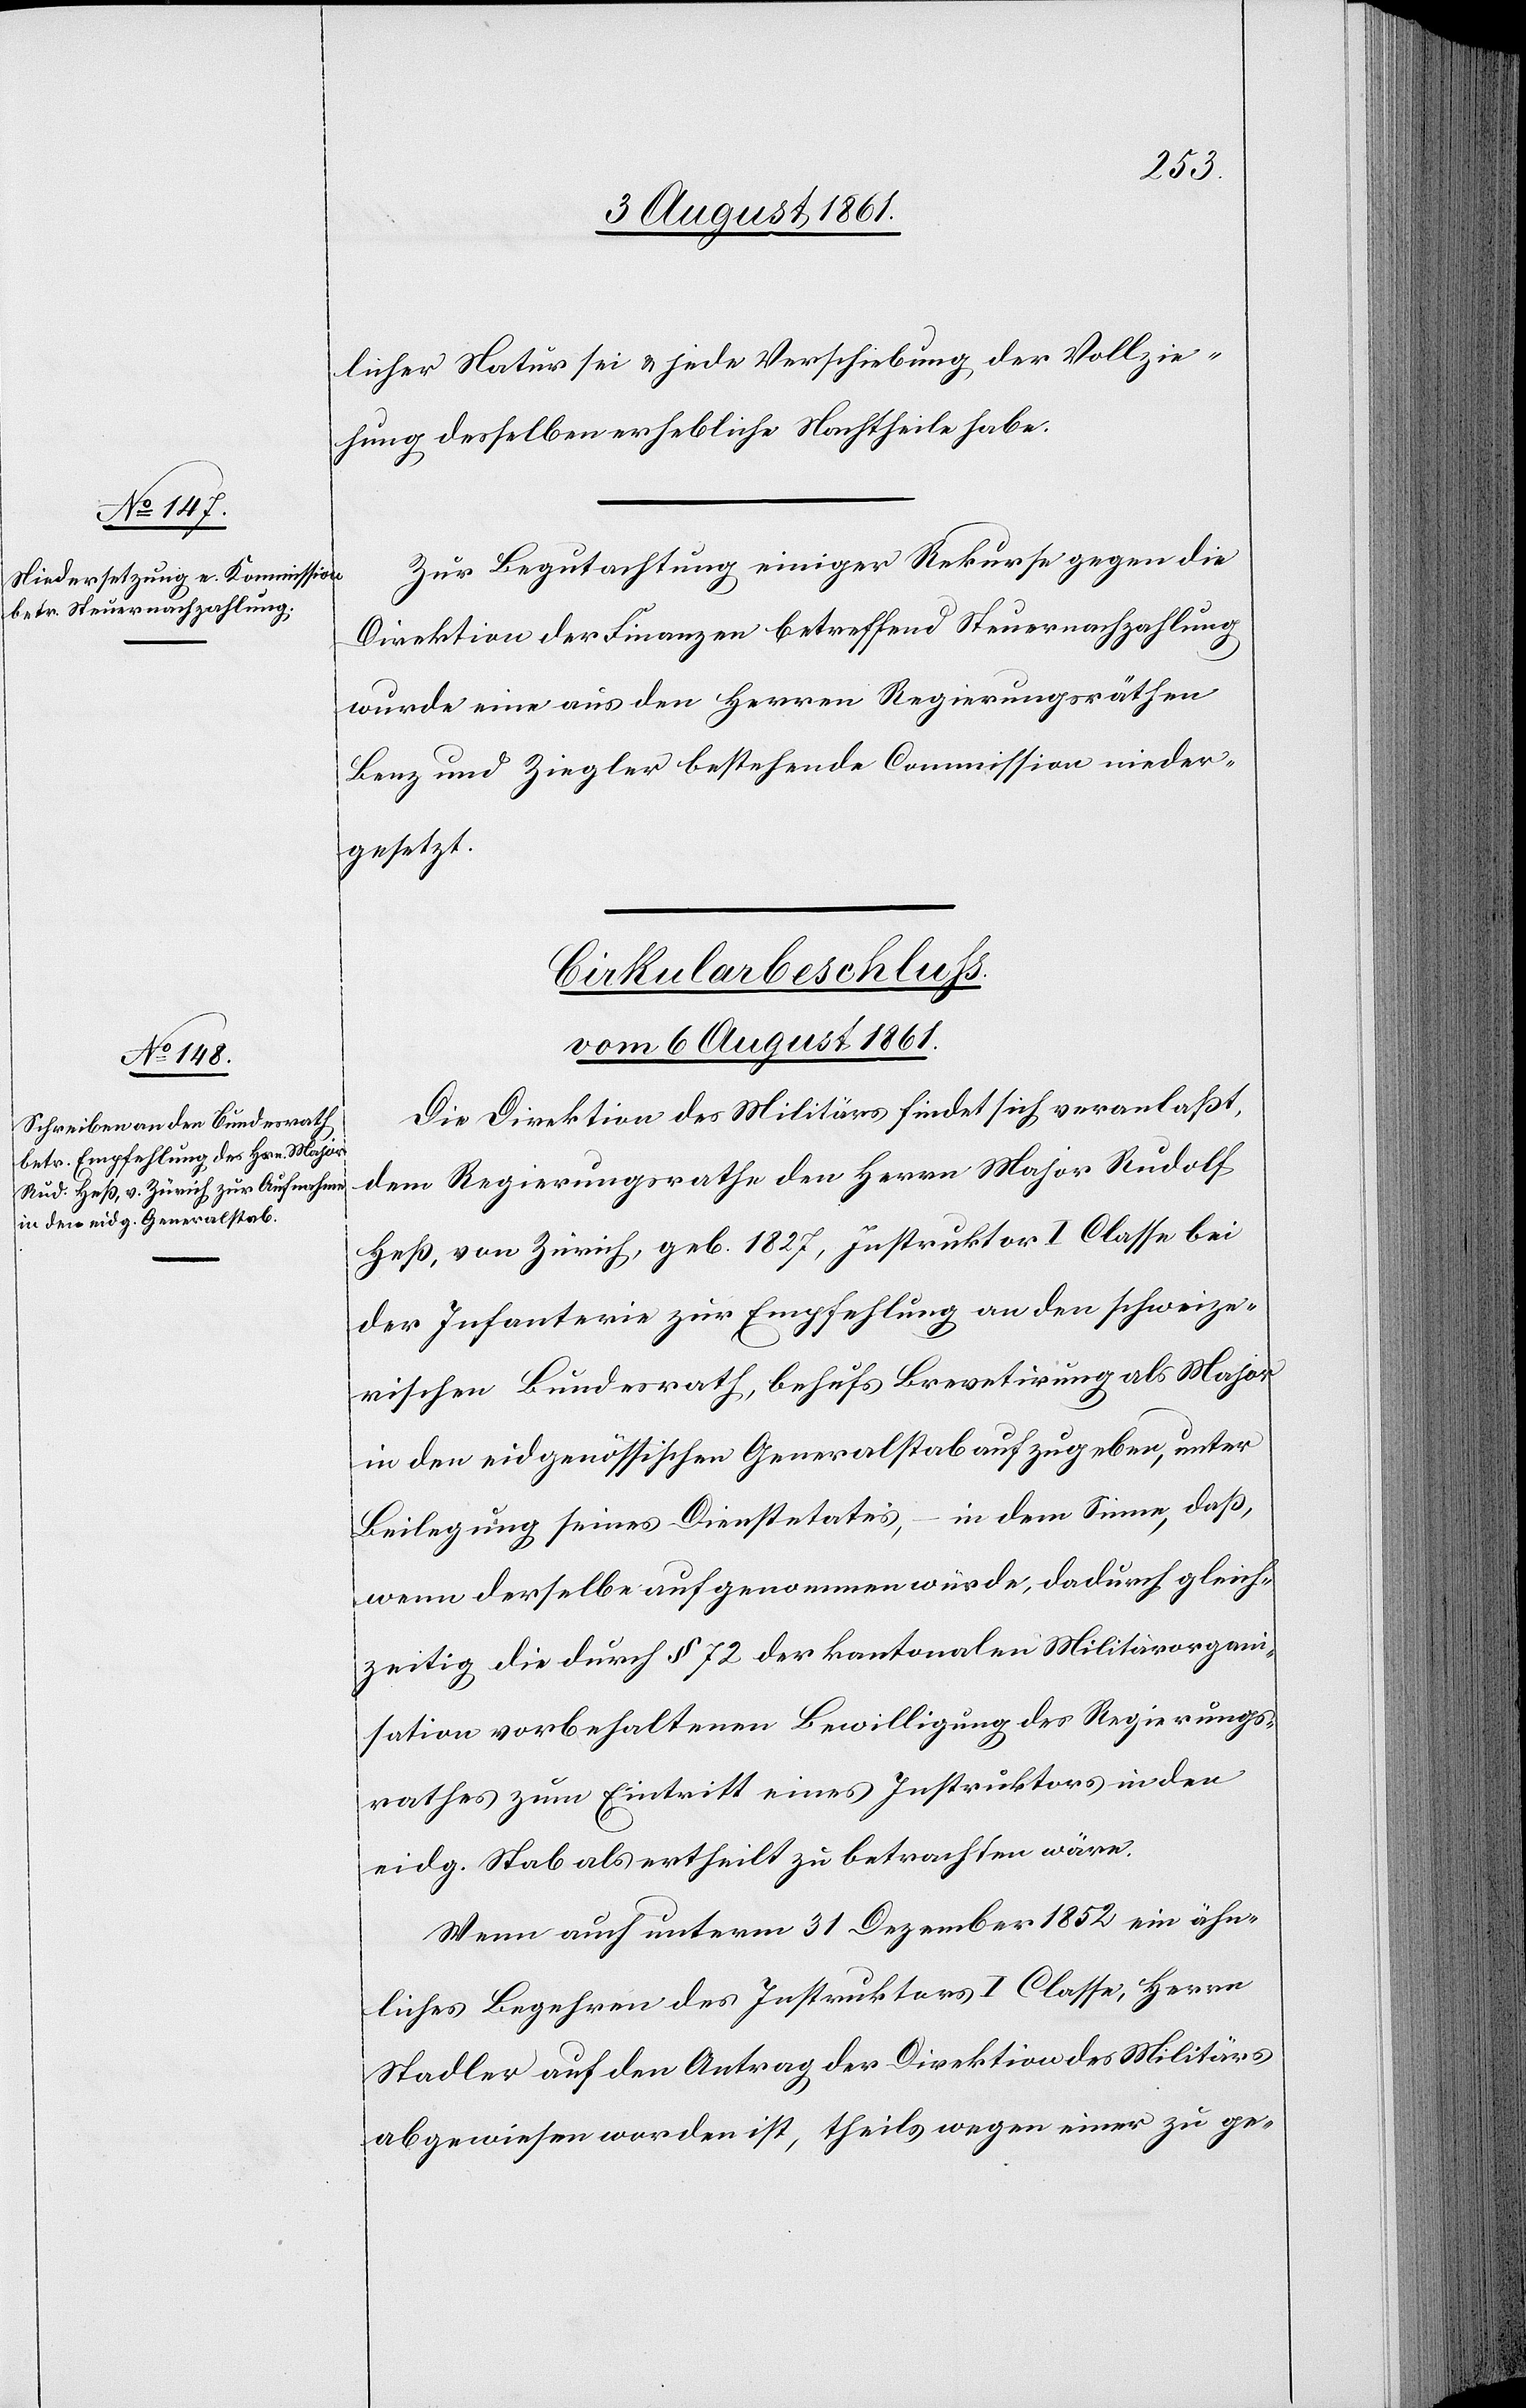
licher Natur sei u. jede Verschiebung der Vollzie¬
hung desselben erheblich Nachtheile habe.
Zur Begutachtung einiger Rekurse gegen die
Direktion der Finanzen betreffend Steuernachzahlung
wurde eine aus den Herren Regierungsräthen
Benz und Ziegler bestehende Commission nieder¬
gesetzt.
Cirkularbeschluss.
vom 6 August 1861.
Die Direktion des Militärs findet sich veranlaßt,
dem Regierungsrathe den Herrn Major Rudolf
Heß, von Zürich, geb. 1827, Instruktor I Classe bei
der Infanterie zur Empfehlung an den schweize¬
rischen Bundesrath, behufs Brevetirung als Major
in den eidgenössischen Generalstab aufzugeben, unter
Beilegung seines Dienstetates, – in dem Sinne, daß,
wenn derselbe aufgenommen würde, dadurch gleich¬
zeitig die durch § 72 der kantonalen Militärorgani¬
sation vorbehaltene Bewilligung des Regierungs¬
rathes zum Eintritt eines Instruktors in den
eidg. Stab als ertheilt zu betrachten wäre.
Wenn auch unterm 31 Dezember 1852 ein ähn¬
liches Begehren des Instruktors I Classe, Herrn
Stadler auf den Antrag der Direktion des Militärs
abgewiesen worden ist, theils wegen einer zu ge-